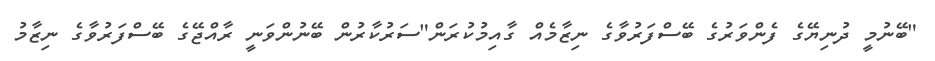
"ބޭނުމީ ދުނިޔޭގެ ފެންވަރުގެ ބޭސްފަރުވާގެ ނިޒާމެއް ގާއިމުކުރަން"ސަރުކާރުން ބޭނުންވަނީ ރާއްޖޭގެ ބޭސްފަރުވާގެ ނިޒާމު